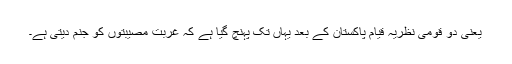
یعنی دو قومی نظریہ قیام پاکستان کے بعد یہاں تک پہنچ گیا ہے کہ غربت مصیبتوں کو جنم دیتی ہے۔